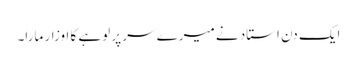
ایک دن استاد نے میرے سر پر لوہے کا اوزار مارا۔